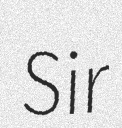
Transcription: Sir